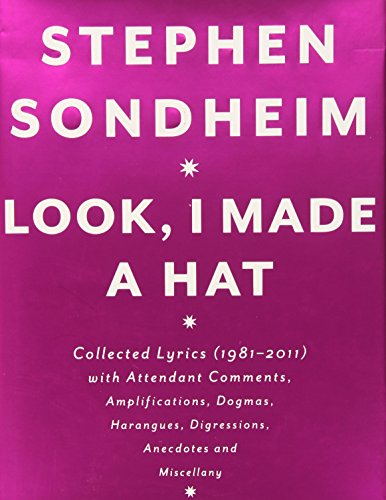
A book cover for Look, I Made a Hat: Collected Lyrics (1981-2011) with Attendant Comments, Amplifications, Dogmas, Harangues, Digressions, Anecdotes and Miscellany; Stephen Sondheim; Humor & Entertainment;